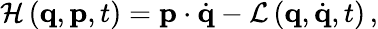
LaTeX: {\mathcal{H}}\left(\mathbf{q},\mathbf{p},t\right)=\mathbf{p}\cdot{\dot{\mathbf{q}}}-{\mathcal{L}}\left(\mathbf{q},{\dot{\mathbf{q}}},t\right)\, ,